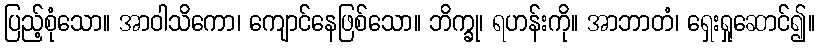
ပြည့်စုံသော။ အာဝါသိကော၊ ကျောင်နေဖြစ်သော။ ဘိက္ခု၊ ရဟန်းကို။ အာဘာတံ၊ ရှေးရှုဆောင်၍။